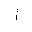
Letter: _alif